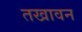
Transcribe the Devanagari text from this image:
तखावन